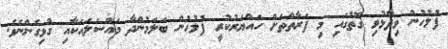
ފުލުހުން ވިދާޅުވި ގޮތުގައި މި ފަރާތްތަށް ހައްޔަރުކުރީ ފުލުހުން ބަލަމުންދާ މައްސަލައަކާއި ގުޅިގެންނެވެ.